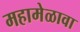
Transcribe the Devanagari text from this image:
महामेळावा